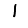
Digit: 1